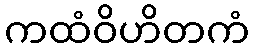
ကထံဝိဟိတကံ